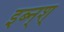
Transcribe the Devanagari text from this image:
इब्न्‌श्